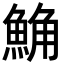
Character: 𩷛